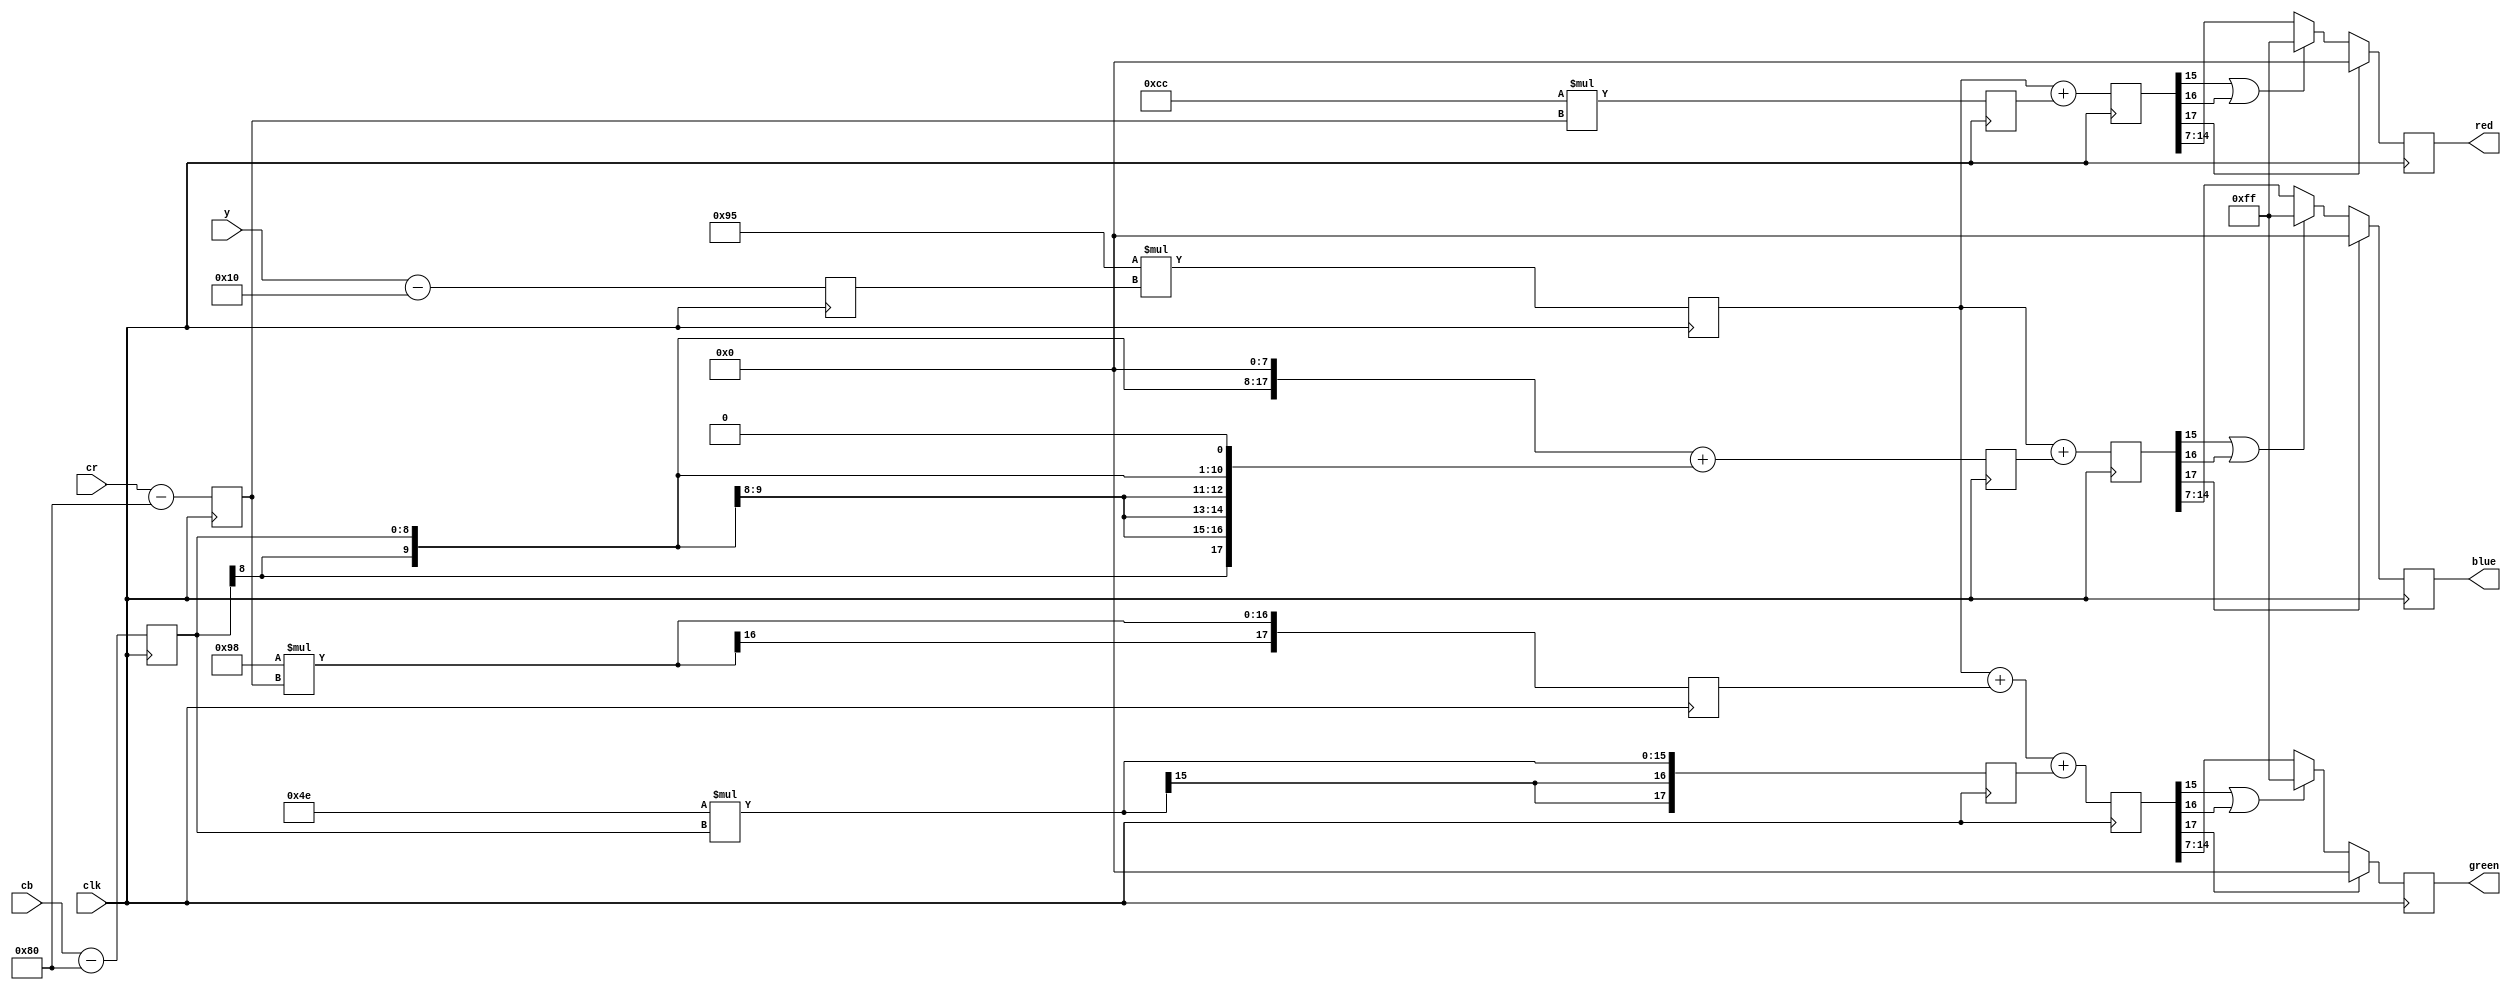
// Copyright 2007 Altera Corporation. All rights reserved.  
// Altera products are protected under numerous U.S. and foreign patents, 
// maskwork rights, copyrights and other intellectual property laws.  
//
// This reference design file, and your use thereof, is subject to and governed
// by the terms and conditions of the applicable Altera Reference Design 
// License Agreement (either as signed by you or found at www.altera.com).  By
// using this reference design file, you indicate your acceptance of such terms
// and conditions between you and Altera Corporation.  In the event that you do
// not agree with such terms and conditions, you may not use the reference 
// design file and please promptly destroy any copies you have made.
//
// This reference design file is being provided on an "as-is" basis and as an 
// accommodation and therefore all warranties, representations or guarantees of 
// any kind (whether express, implied or statutory) including, without 
// limitation, warranties of merchantability, non-infringement, or fitness for
// a particular purpose, are specifically disclaimed.  By making this reference
// design file available, Altera expressly does not recommend, suggest or 
// require that this reference design file be used in combination with any 
// other product not provided by Altera.
/////////////////////////////////////////////////////////////////////////////

module ycbcr_to_rgb (
	y,cb,cr,
	red,green,blue,
	clk
);

input clk;

input [7:0] y,cb,cr;
output reg [7:0] red,green,blue;

// offset the inputs
reg signed [8:0] adj_y,adj_cb,adj_cr;
always @(posedge clk) begin
	adj_y <= y - 8'd16;
	adj_cr <= cr - 8'd128;
	adj_cb <= cb - 8'd128;
end

// scaling constants from standard formulas
// nominal Y is 16 to 235
// nominal C's are 16-240 with 128 at zero
//
wire signed [8:0] const0 = 9'd149; // 1.164 * 128
wire signed [8:0] const1 = 9'd204; // 1.596 * 128
wire signed [8:0] const2 = - 9'd104; // 0.813 * 128 
wire signed [8:0] const3 = - 9'd50;	// 0.392 * 128

//wire signed [8:0] const4 = (10)'d258;	// 2.017 * 128 
// const 4 should be 258, which doesn't fit the 9x9 size.
// do some shifted additions to fake it.

// multipliers - 9x9 is a natural building block
reg signed [17:0] product_a, product_b, product_c, 
	product_d, product_e;
always @(posedge clk) begin
	product_a <= const0 * adj_y;
	product_b <= const1 * adj_cr;
	product_c <= const2 * adj_cr;
	product_d <= const3 * adj_cb;
	product_e <= {adj_cb[8],adj_cb[8:0],8'b0} +
				{{9{adj_cb[8]}},adj_cb[7:0],1'b0};
end

// summation - 17 selected by simulation
reg signed [17:0] sum_red, sum_green, sum_blue;
always @(posedge clk) begin
	sum_red <= product_a + product_b;
	sum_green <= product_a + product_c + product_d;
	sum_blue <= product_a + product_e;
end

// saturation
always @(posedge clk) begin
	red <= sum_red[17] ? 8'h0 : 
			(sum_red[15] | sum_red[16]) ? 8'hff :
			sum_red [14:7];
	green <= sum_green[17] ? 8'h0 : 
			(sum_green[15] | sum_green[16]) ? 8'hff :
			sum_green [14:7];
	blue <= sum_blue[17] ? 8'h0 : 
			(sum_blue[15] | sum_blue[16]) ? 8'hff :
			sum_blue [14:7];
end

endmodule